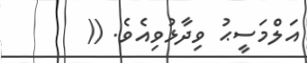
އަލްމަސީޙު ވިދާޅުވިއެވެ. ((